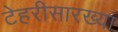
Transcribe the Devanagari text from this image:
टेहरीसारख्या